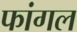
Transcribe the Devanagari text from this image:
फांगल